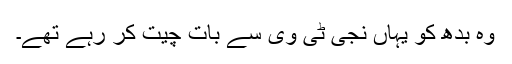
وہ بدھ کو یہاں نجی ٹی وی سے بات چیت کر رہے تھے۔